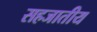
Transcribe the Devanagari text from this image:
सहजातीय